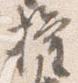
権